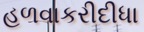
હળવાકરીદીધા